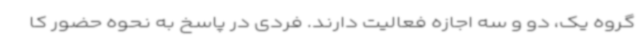
گروه یک، دو و سه اجازه فعالیت دارند. فردی در پاسخ به نحوه حضور کا